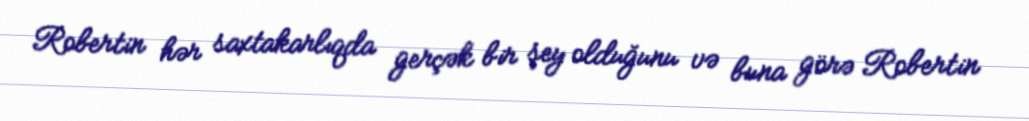
Robertin hər saxtakarlıqda gerçək bir şey olduğunu və buna görə Robertin